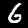
Digit: 6